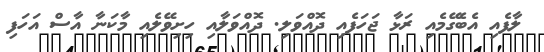
ލާފެއި އެބެގޭމެއި ރަޅާ ޖަހަފެއި ދޮއްވަލި. ދޮއްވަލާއި ހިށިވޭލެއި މާކަނާ އާސް އަހަފި